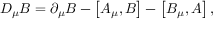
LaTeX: D _ { \mu } B = \partial _ { \mu } B - \left[ A _ { \mu } , B \right] - \left[ B _ { \mu } , A \right] ,